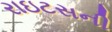
રાઇટસની